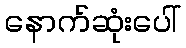
နောက်ဆုံးပေါ်